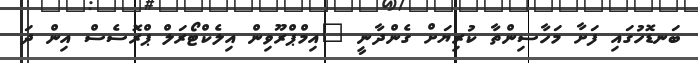
ބަނޑޮހުގައި ފަށާ މަހާސިންތާ ކުރިޔަށް ގެންދާނީ "އިމްޕްރޫވިން އިލެކްޓޯރަލް ޕްރޮސެސް އިން ދަ